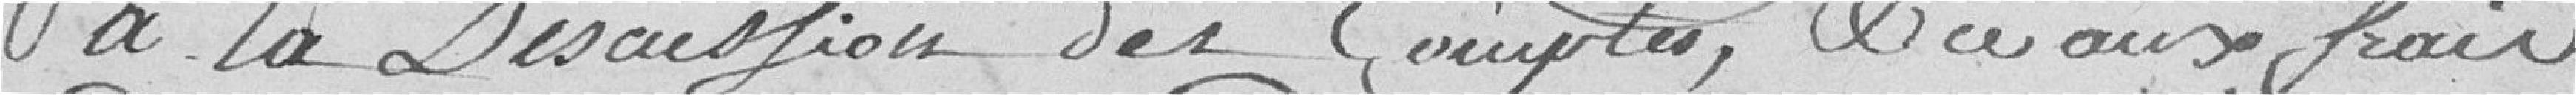
à la Discussion des Comptes, et aux frais